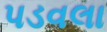
પડવલા